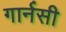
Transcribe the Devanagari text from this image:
गार्नसी